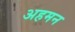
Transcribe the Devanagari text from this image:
अहमन